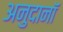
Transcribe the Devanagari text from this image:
अनुदानॉ